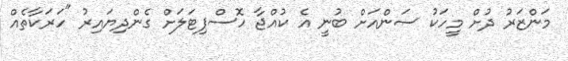
މަންޒަރު ދުށް މީހަކު ސަންއަށް ބުނީ އެ ކުއްޖާ ހޮސްޕިޓަލަށް ގެންދިޔައިރު "ހަރަކާތެއް